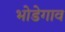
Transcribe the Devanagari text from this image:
भोडेगाव